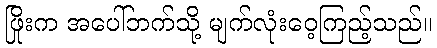
ဖြိုးက အပေါ်ဘက်သို့ မျက်လုံးဝေ့ကြည့်သည်။